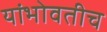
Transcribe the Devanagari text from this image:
यांभोवतीच